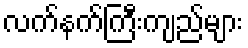
လက်နက်ကြီးကျည်များ